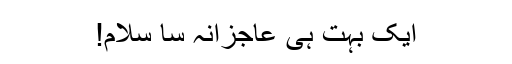
ایک بہت ہی عاجزانہ سا سلام!